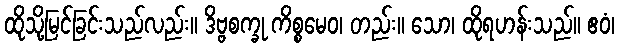
ထိုသို့မြင်ခြင်းသည်လည်း။ ဒိဗ္ဗစက္ခု ကိစ္စမေဝ၊ တည်း။ သော၊ ထိုရဟန်းသည်။ ဧဝံ၊